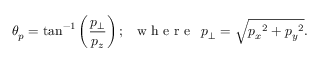
\theta _ { p } = \tan ^ { - 1 } \left( \frac { p _ { \perp } } { p _ { z } } \right) ; \, \, \, { \textrm { w h e r e } } \, \, \, p _ { \perp } = \sqrt { { p _ { x } } ^ { 2 } + { p _ { y } } ^ { 2 } } .